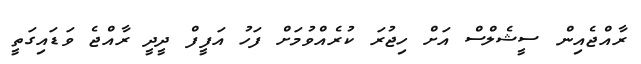
ރާއްޖެއިން ސީޝެލްސް އަށް ހިޖުރަ ކުރެއްވުމަށް ފަހު އަފީފް ދީދީ ރާއްޖެ ވަޑައިގަތީ